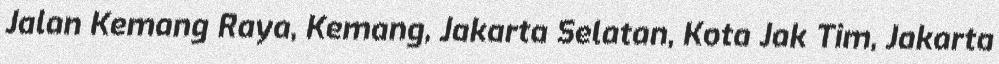
Jalan Kemang Raya, Kemang, Jakarta Selatan, Kota Jak Tim, Jakarta